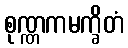
စုဏ္ဏကမက္ခိတံ